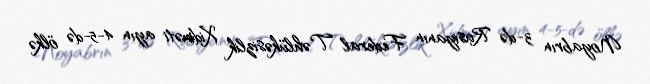
Noyabrın 3-də Rusiyanın Federal Təhlükəsizlik Xidməti ayın 4-5-də ölkə